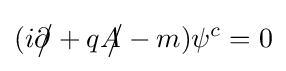
(i{\partial \!\!\!{\big /}}+q{A\!\!\!{\big /}}-m)\psi ^{c}=0